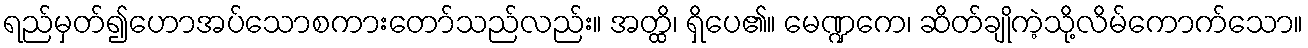
ရည်မှတ်၍ဟောအပ်သောစကားတော်သည်လည်း။ အတ္ထိ၊ ရှိပေ၏။ မေဏ္ဍကေ၊ ဆိတ်ချိုကဲ့သို့လိမ်ကောက်သော။